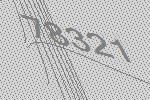
78321